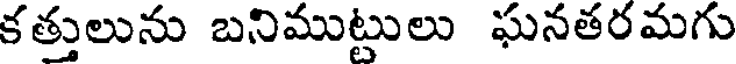
కత్తులును బనిముట్టులు ఘనతరమగు